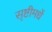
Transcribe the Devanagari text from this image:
सृष्टीमधें